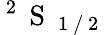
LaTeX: ^\mathrm{~2~}\mathrm{~S~}_{\mathrm{~1~/~2~}}